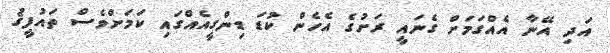
އަދި އޭނާ އެއްގަމަށް ގެނައީ ރަށުގެ އެހެން ކުޑަ ޑިންގީއެއްގައި ކަމަށްވެސް ތައުފީޤު